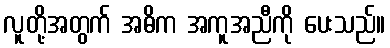
လူတို့အတွက် အဓိက အကူအညီကို ပေးသည်။